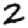
Digit: 2